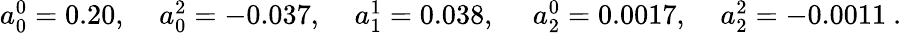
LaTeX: \begin{array}{lllll}{{a_{0}^{0}=0.20,\; }}&{{a_{0}^{2}=-0.037,\; }}&{{a_{1}^{1}=0.038,\, \; }}&{{a_{2}^{0}=0.0017,\; }}&{{a_{2}^{2}=-0.0011~.}}\end{array}